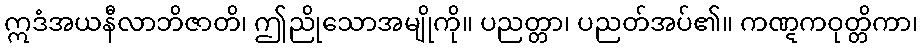
ဣဒံအယနီလာဘိဇာတိ၊ ဤညိုသောအမျိုကို။ ပညတ္တာ၊ ပညတ်အပ်၏။ ကဏ္ဋကဝုတ္တိကာ၊